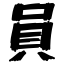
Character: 員